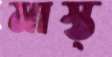
মাস্ত্